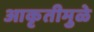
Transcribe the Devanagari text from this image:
आकृतीमुळे